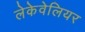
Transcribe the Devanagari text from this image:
लेकेवेलियर